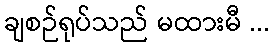
ချစဉ်ရုပ်သည် မထားမီ ...